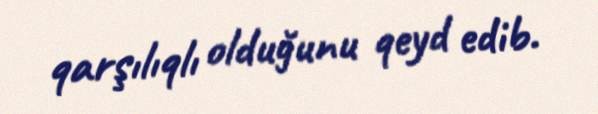
qarşılıqlı olduğunu qeyd edib.